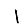
Digit: 1